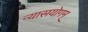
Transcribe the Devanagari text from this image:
न्यासयोगम्